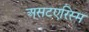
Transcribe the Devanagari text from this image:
असटएरिस्म